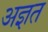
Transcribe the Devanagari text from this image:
अज्ञत